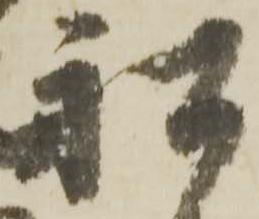
船